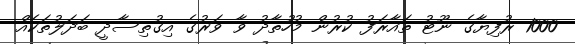
1000 ރުފިޔާގެ ނޫޓު ތައާރަފު ކުރުން މުހުތާދު ވާ ވަރުގެ އިގުތިސާދީ ބަދަލުތަކެއް